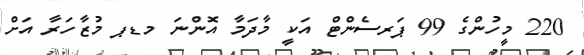
220 މީހުންގެ 99 ޕަރސެންޓް އަކީ މާދަމާ އޮންނަ މޑޕ މުޒާހަރާ އަށް